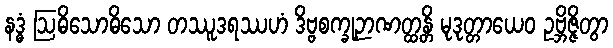
နဒ္ဓံ ဩဓိသောဓိသော တဿူဒရဿဟံ ဒိဗ္ဗစက္ခုဉာဏတ္ထန္တိ မုဒုတ္တာယေဝ ဥဗ္ဘိဇ္ဇိတွာ